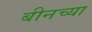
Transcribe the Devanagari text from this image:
बीनच्या